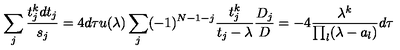
\sum _ { j } { \frac { t _ { j } ^ { k } d t _ { j } } { s _ { j } } } = 4 d \tau u ( \lambda ) \sum _ { j } ( - 1 ) ^ { N - 1 - j } { \frac { t _ { j } ^ { k } } { t _ { j } - \lambda } } { \frac { D _ { j } } { D } } = - 4 { \frac { \lambda ^ { k } } { \prod _ { l } ( \lambda - a _ { l } ) } } d \tau